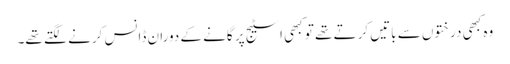
وہ کبھی درختوں سے باتیں کرتے تھے تو کبھی اسٹیج پر گانے کے دوران ڈانس کرنے لگتے تھے۔